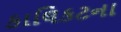
કાલિકટના